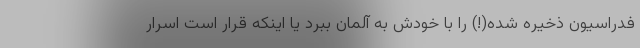
فدراسیون ذخیره شده(!) را با خودش به آلمان ببرد یا اینکه قرار است اسرار